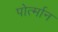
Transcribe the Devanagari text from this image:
पोर्त्मान